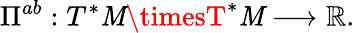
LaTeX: \Pi^{ab}:T^{*}\mathit{M}\timesT^{*}\mathit{M}\longrightarrow\mathbb{{R}}.